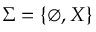
\Sigma = \{ \emptyset , X \}